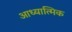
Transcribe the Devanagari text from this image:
आध्‍यात्मिक